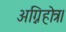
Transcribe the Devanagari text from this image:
अग्निहोत्र।